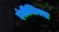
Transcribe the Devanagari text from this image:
इंडीजिनस